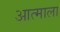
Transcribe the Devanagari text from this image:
आत्माला